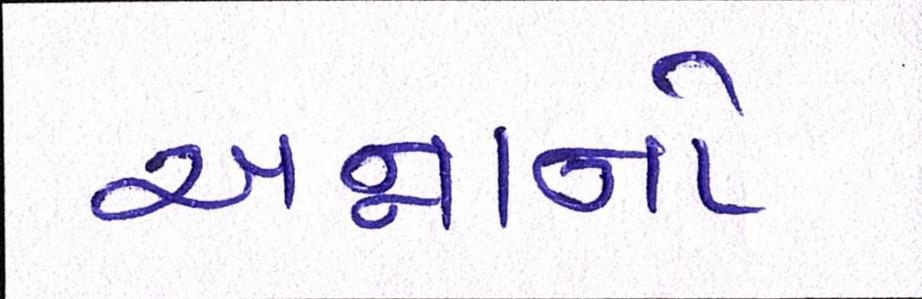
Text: અન્નાનો